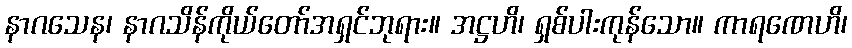
နာဂသေန၊ နာဂသိန်ကိုယ်တော်အရှင်ဘုရား။ အဋ္ဌဟိ၊ ရှစ်ပါးကုန်သော။ ကာရဏေဟိ၊